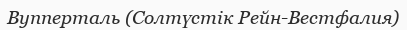
Вупперталь (Солтүстік Рейн-Вестфалия)